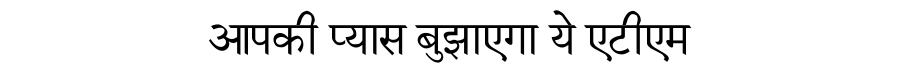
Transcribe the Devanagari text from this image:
आपकी प्यास बुझाएगा ये एटीएम